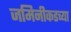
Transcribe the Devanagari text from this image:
जमिनीकडच्या